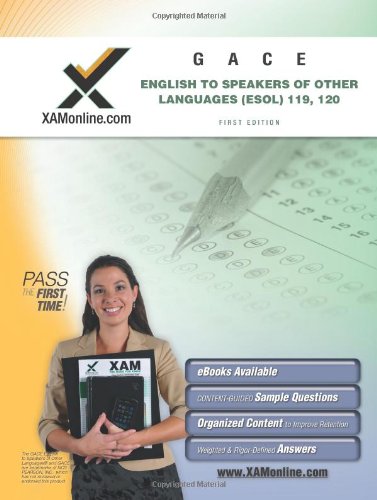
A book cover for GACE English to Speakers of Other Languages (ESOL) 119, 120 Teacher Certification Test Prep Study Guide (XAM GACE); Sharon Wynne; Test Preparation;